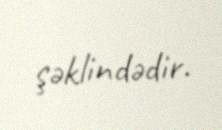
şəklindədir.